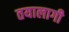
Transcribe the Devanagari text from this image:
तयालागी